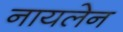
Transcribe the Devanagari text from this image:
नायलेन